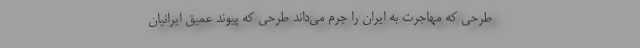
طرحی که مهاجرت به ایران را جرم می‌داند طرحی که پیوند عمیق ایرانیان